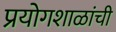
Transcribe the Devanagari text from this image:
प्रयोगशाळांची